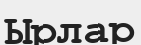
Ырлар